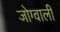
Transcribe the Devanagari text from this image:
जोग्वाली